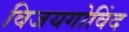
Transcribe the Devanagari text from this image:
विजयगोविंद